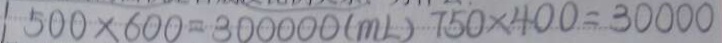
5 0 0 \times 6 0 0 = 3 0 0 0 0 0 ( m l ) 7 5 0 \times 4 0 0 = 3 0 0 0 0